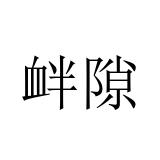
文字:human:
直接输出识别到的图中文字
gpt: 衅隙